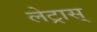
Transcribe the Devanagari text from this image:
लेट्रास्